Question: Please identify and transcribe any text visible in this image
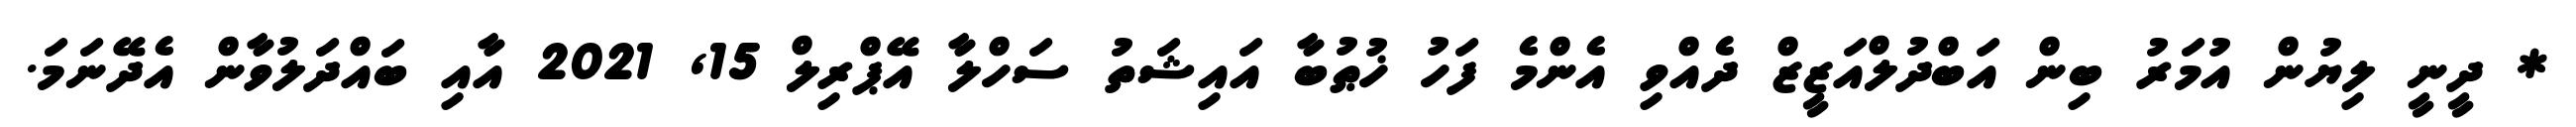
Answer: * ދީނީ ލިޔުން އުމަރު ބިން އަބްދުލްއަޒީޒް ދެއްވި އެންމެ ފަހު ޚުޠުބާ އައިޝަތު ސަހްލާ އޭޕްރިލް 15, 2021 އާއި ބައްދަލުވާން އެދޭނަމަ.